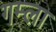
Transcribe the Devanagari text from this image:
गम्ला